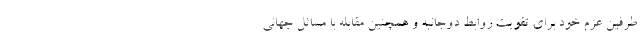
طرفین عزم خود برای تقویت روابط دوجانبه و همچنین مقابله با مسائل جهانی